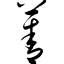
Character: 菁